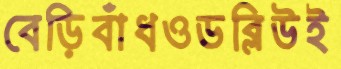
বেড়িবাঁধওডব্লিউই